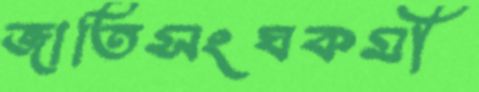
জাতিসংঘকর্মী